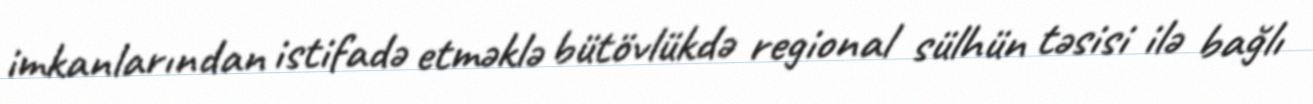
imkanlarından istifadə etməklə bütövlükdə regional sülhün təsisi ilə bağlı